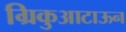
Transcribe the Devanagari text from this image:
ग्रिकुआटाऊन